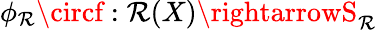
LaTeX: \phi_{\mathcal{R}}\circf:\mathcal{R}(X)\rightarrowS_{\mathcal{R}}